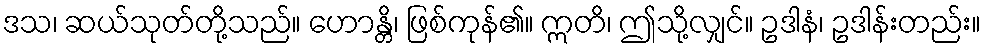
ဒသ၊ ဆယ်သုတ်တို့သည်။ ဟောန္တိ၊ ဖြစ်ကုန်၏။ ဣတိ၊ ဤသို့လျှင်။ ဥဒါနံ၊ ဥဒါန်းတည်း။